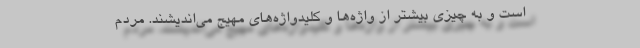
است و به چیزی بیشتر از واژه‌ها و کلید‌واژه‌های مهیج می‌اندیشند. مردم